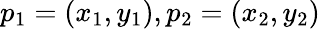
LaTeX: p_{1}=(x_{1},y_{1}),p_{2}=(x_{2},y_{2})